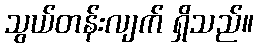
သွယ်တန်းလျက် ရှိသည်။